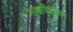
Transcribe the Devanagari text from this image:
भावविश्वावर